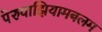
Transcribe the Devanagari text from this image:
पेरुवाझियामबलम